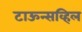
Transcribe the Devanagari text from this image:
टाऊन्सव्हिल